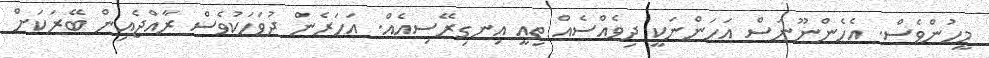
މީހުންވެސް. އެހެންނޫނަސް އަހަންނަކީ ދިވެއްސެއް ތިއީ އިނގިރޭސިއެއް. އަހަރެން ދުވަހަކުވެސް ރާއްޖެއިން ބޭރަކަށް